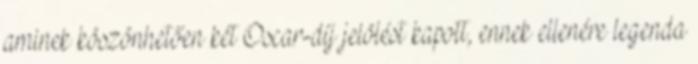
aminek köszönhetően két Oscar-díj jelölést kapott, ennek ellenére legenda